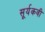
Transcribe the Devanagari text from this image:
सूर्यकवी